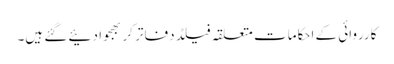
کارروائی کے احکامات متعلقہ فیلڈ دفاتر کر بھجوا دئیے گئے ہیں۔